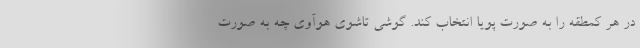
در هر کمطقه را به صورت پویا انتخاب کند. گوشی تاشوی هوآوی چه به صورت